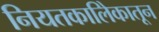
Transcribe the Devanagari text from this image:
नियतकालिेकातून